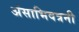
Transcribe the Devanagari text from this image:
अंसाभिवत्रनी